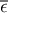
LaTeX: \overline { { \epsilon } }